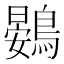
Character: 鷃